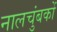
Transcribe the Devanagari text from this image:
नालचुंबकों